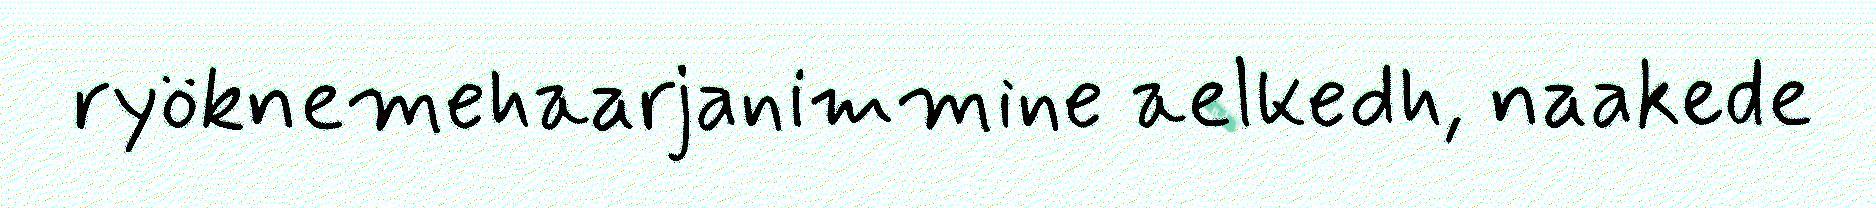
ryöknemehaarjanimmine aelkedh, naakede